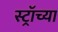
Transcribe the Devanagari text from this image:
स्ट्रॉच्या